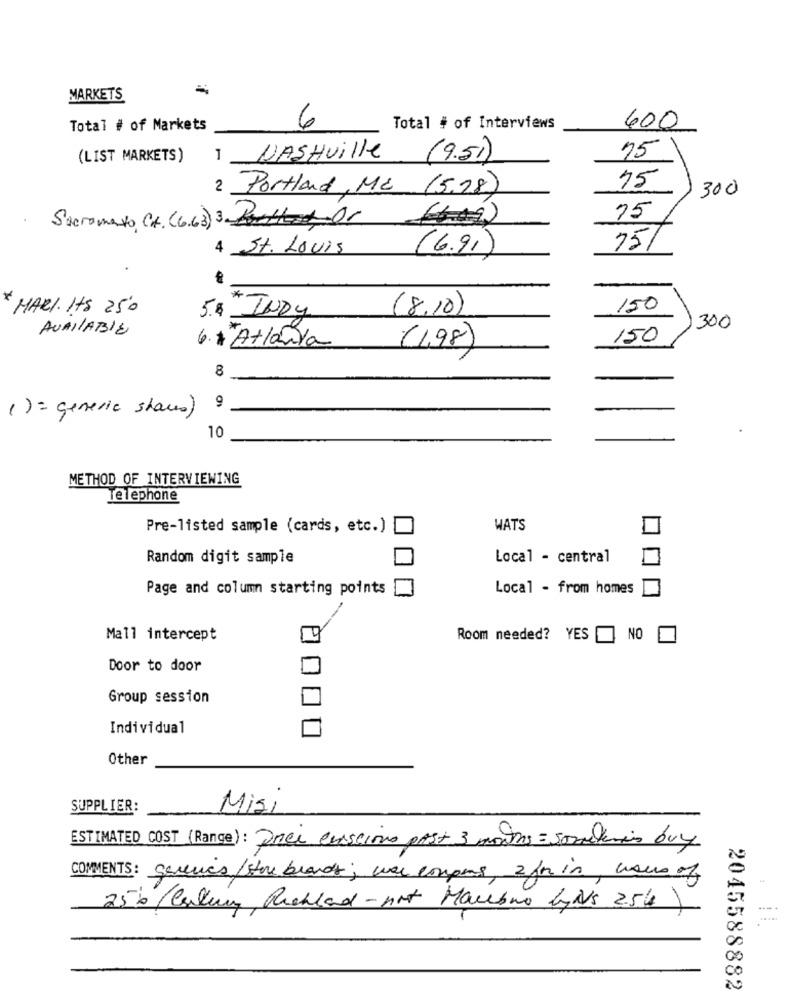
MARKETS
6
Total # of Markets
Total # of Interviews
600
1 NASHUille
75
(LIST MARKETS)
(9.51)
75
2 Portland, MC (5.28)
300
Sacromato Ct. (6.63)3. Portland,Or
75
4 St. Louis
(6.91 )
75/
*-
* MARI. ItS 250
(8,10)
150
5.6 INDY
AVAILABLE
300
150
6. * Atlanta
(1,98)
8
9
() = generic share)
10
METHOD OF INTERVIEWING
Telephone
Pre-listed sample (cards, etc.)
WATS
Random digit sample
Local - central
Page and column starting points
Local - from homes
Mall intercept
PI
Room needed? YES
NO
Door to door
Group session
Individual
Other
SUPPLIER:
Misi
ESTIMATED COST (Range) : Drei enscions past 3 months = sometimes buy
COMMENTS: generics/ store brands; was compens, 2 fm in, users of
256 /Callum Richland-not Marebno lyis 2.5%)
.....
2045588882